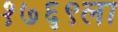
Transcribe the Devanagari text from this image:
१७६९ला